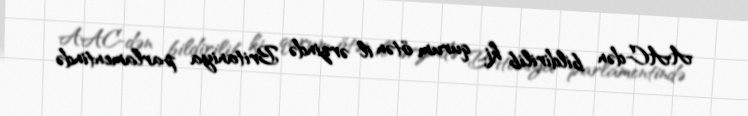
AAC-dən bildirilib ki, qurum ötən il ərzində Britaniya parlamentində